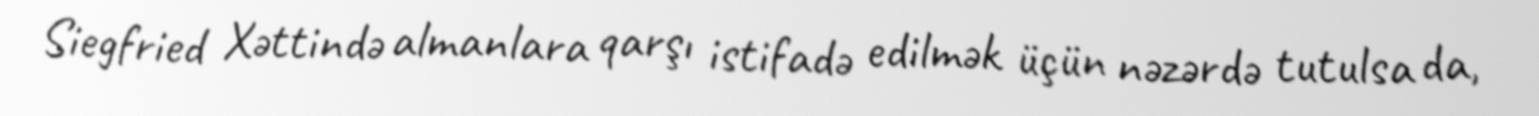
Siegfried Xəttində almanlara qarşı istifadə edilmək üçün nəzərdə tutulsa da,